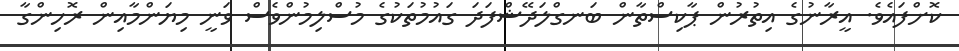
ކޮށްފައެވެ. އީރާނުގެ އިތުރުން ޕާކިސްތާން ބަނގްލަދޭޝްފަދަ ގައުމުތަކުގެ މުސްލިމުންވެސް ވަނީ މިޔަންމާއިން ރޮހިންގާ